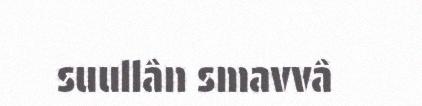
suullân smavvâ